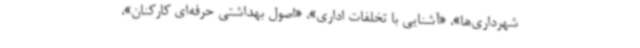
شهرداری‌ها»، «آشنایی با تخلفات اداری»، «اصول بهداشتی حرفه‌ای کارکنان»،